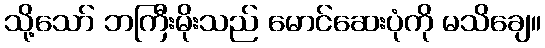
သို့သော် ဘကြီးမိုးသည် မောင်ဆေးပုံကို မသိချေ။